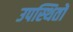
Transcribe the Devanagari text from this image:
उपस्थितों